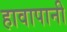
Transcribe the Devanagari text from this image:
हावापानी